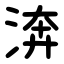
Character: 渀